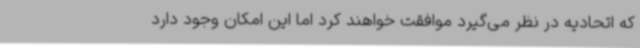
که اتحادیه در نظر می‌گیرد موافقت خواهند کرد اما این امکان وجود دارد